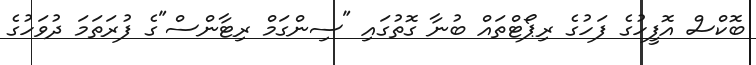
ބޮކްސް އޮފީހުގެ ފަހުގެ ރިޕޯޓްތައް ބުނާ ގޮތުގައި "ސިންގަމް ރިޓާންސް"ގެ ފުރަތަމަ ދުވަހުގެ